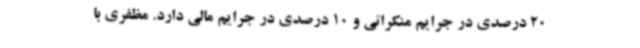
20 درصدی در جرایم منکراتی و 10 درصدی در جرایم مالی دارد. مظفری با